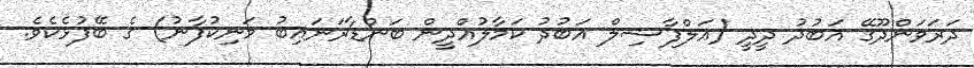
ދަރަވަންދޫގޭ އަބުދު ދީދީ (އަލްފާޟިލް އަބުދު ކަމާލުއްދީން ބަންޑާރަނައިބު މަނިކުފާނު) ގެ ބޭފުޅެކެވެ.